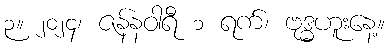
၃။ ၂၀၂၄၊ ဇန်နဝါရီ ၁ ရက်၊ ဗုဒ္ဓဟူးနေ့။